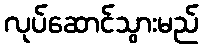
လုပ်ဆောင်သွားမည်